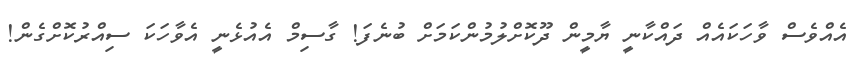
އެއްވެސް ވާހަކައެއް ދައްކާނީ ޔާމީން ދޫކޮށްލުމުންކަމަށް ބުނެފަ! ގާސިމް އެއުޅެނީ އެވާހަކަ ސިއްރުކޮށްގެން!